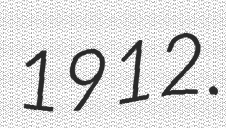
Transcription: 1912.